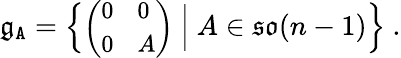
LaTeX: \mathfrak{g}_{\mathtt{A}}=\Big\{ {\small\bigg(\begin{array}{ll}{0}&{0}\\ {0}&{A}\end{array}\bigg)}\normalsize\ \Big|\ A\in\mathfrak{so}(n-1)\Big\} \ .